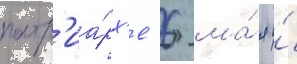
патр'иа́рх'е 6 ма́я и́